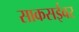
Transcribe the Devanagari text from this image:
साकसईवर